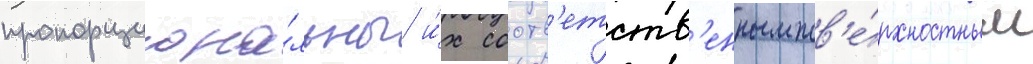
пропорциона́льны и́х соотв'етств'енным пов'е́рхностным